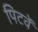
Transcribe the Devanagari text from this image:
पिटवें